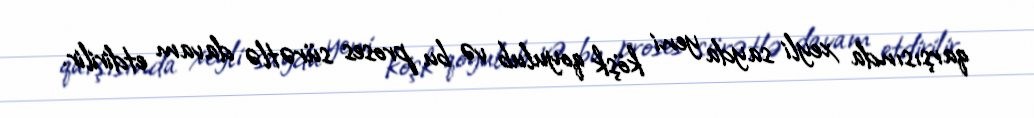
qarşısında xeyli sayda yeni köşk qoyulub və bu proses sürətlə davam etdirilir.